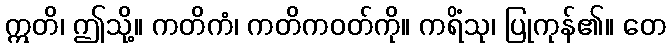
ဣတိ၊ ဤသို့။ ကတိကံ၊ ကတိကဝတ်ကို။ ကရိံသု၊ ပြုကုန်၏။ တေ